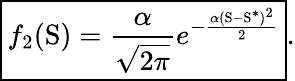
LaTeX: \boxed{f_{2}(\mathrm{S})=\frac{\alpha}{\sqrt{2\pi}}e^{-\frac{\alpha(\mathrm{S}-\mathrm{S}^{\ast})^{2}}{2}}}.